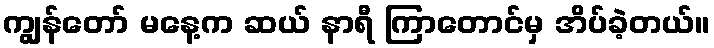
ကျွန်တော် မနေ့က ဆယ် နာရီ ကြာတောင်မှ အိပ်ခဲ့တယ်။